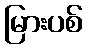
မြားပစ်